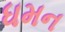
ધમન